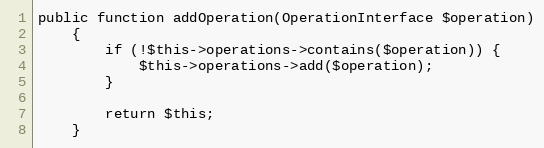
Language: PHP
public function addOperation(OperationInterface $operation)
    {
        if (!$this->operations->contains($operation)) {
            $this->operations->add($operation);
        }

        return $this;
    }